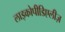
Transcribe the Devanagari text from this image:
लाइकोपीडिएलीज़